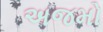
અજમો